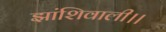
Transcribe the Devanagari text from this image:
झांशिवाली।।